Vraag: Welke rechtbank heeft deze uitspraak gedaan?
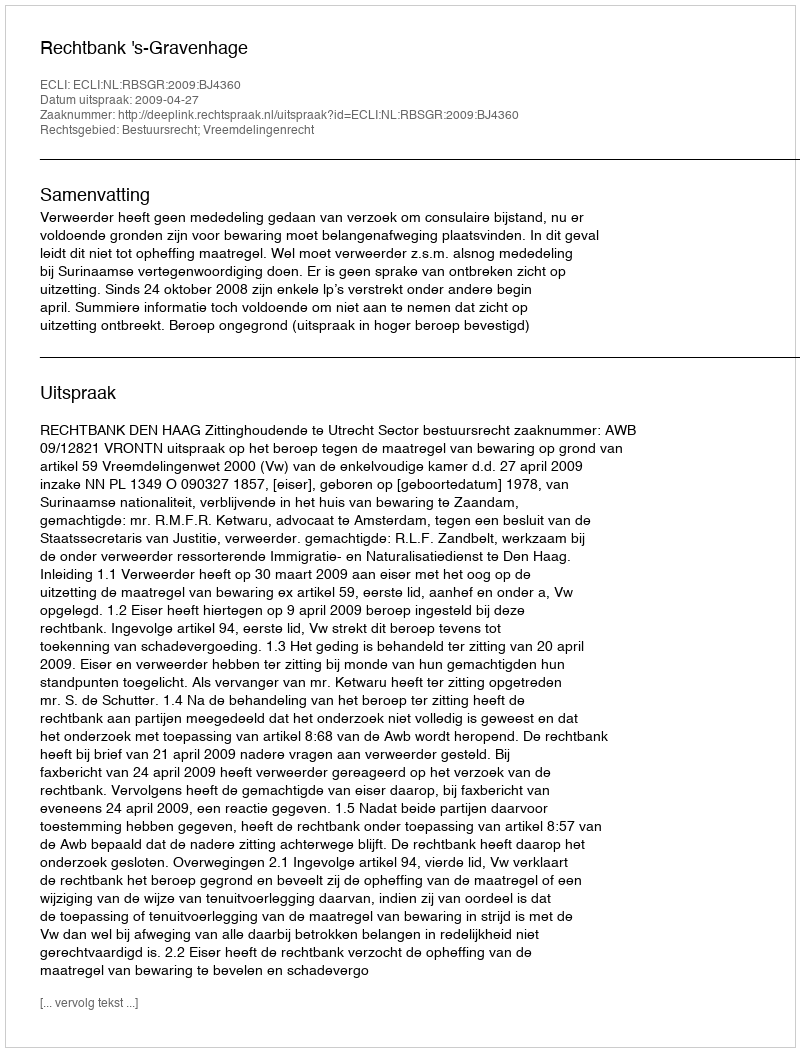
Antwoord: Rechtbank 's-Gravenhage